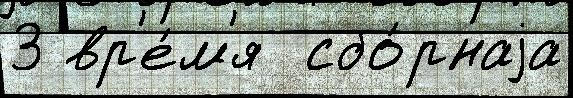
3 вр'е́м'я  сбо́рнаjа